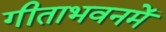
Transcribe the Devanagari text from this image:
गीताभवनमें